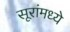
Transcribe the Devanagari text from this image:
सूरांमध्ये